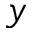
y